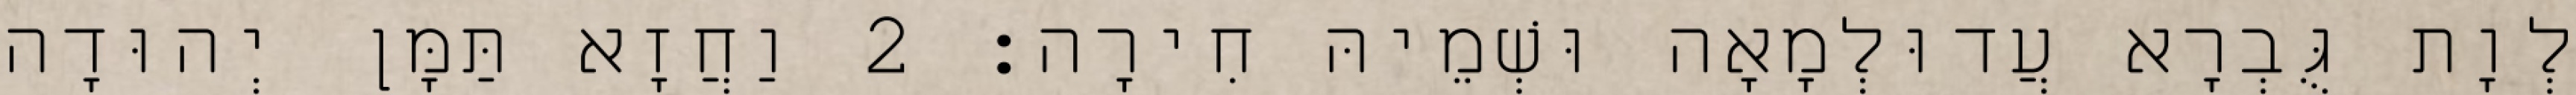
לְוָת גֻּבְרָא עֲדוּלְמָאָה וּשְׁמֵיהּ חִירָה׃ 2 וַחֲזָא תַּמָּן יְהוּדָה